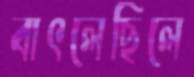
বাৎলেছিলে